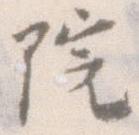
院